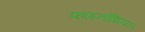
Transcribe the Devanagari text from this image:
फाइनांशियल